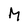
Character: M